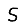
Digit: 5